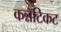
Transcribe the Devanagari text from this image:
कन्नॅटिकट